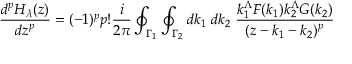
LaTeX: \frac { d ^ { p } H _ { \lambda } ( z ) } { d z ^ { p } } = ( - 1 ) ^ { p } p ! \frac { i } { 2 \pi } \oint _ { { \Gamma } _ { 1 } } \oint _ { { \Gamma } _ { 2 } } d k _ { 1 } \; d k _ { 2 } \; \frac { k _ { 1 } ^ { \Lambda } F ( k _ { 1 } ) k _ { 2 } ^ { \Lambda } G ( k _ { 2 } ) } { ( z - k _ { 1 } - k _ { 2 } ) ^ { p } }